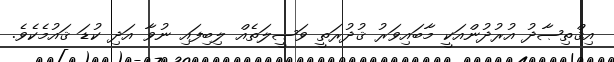
އިޤްތިޞާދު އުރުދުންއަކީ މާބައިވަރު ޤުދުރަތީ ވަޞީލަތެއް ލިބިފައި ނުވާ އަދި ކުޑަ ޤައުމެކެވެ.